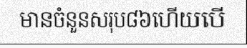
មានចំនួនសរុប៨៦ហើយបើ